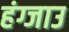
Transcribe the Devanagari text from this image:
हंग्जाउ